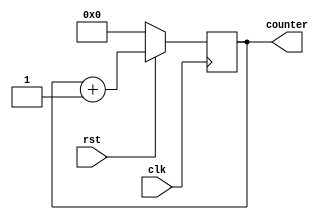
module counter(
	input clk,
	input rst,
	output reg [6:0] counter
);

	always@(posedge clk) begin
		if (~rst)
			counter = 0;
		else
			counter = counter + 1;
	end
endmodule